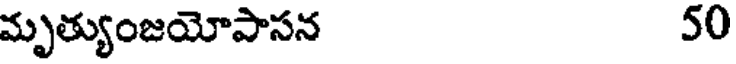
మృత్యుంజయోపాసన 50